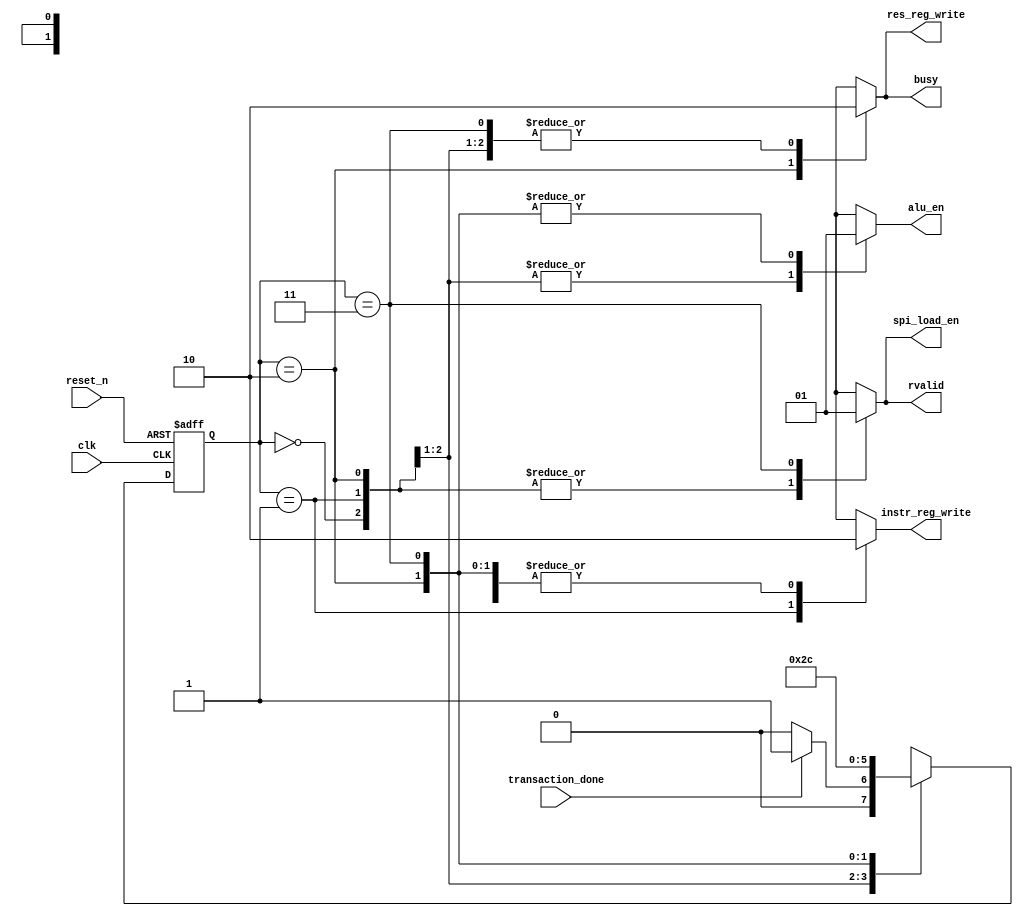
module alu_controller(
    input clk, 
    input reset_n, 
    input transaction_done, 

    output reg alu_en, 
    output reg spi_load_en, 
    output reg busy, 
    output reg rvalid, 
    output reg instr_reg_write, 
    output reg res_reg_write
); 

    reg [1:0] present_state, next_state; 
    parameter TRANSACTION = 2'b00; 
    parameter LOAD = 2'b01; 
  	parameter EXEC = 2'b10; 
    parameter REG_WRITE = 2'b11; 

    always @(*) begin
        begin: NSL
            case(present_state)
                TRANSACTION     : next_state = transaction_done ? LOAD: TRANSACTION; 
                LOAD            : next_state = EXEC; 
                EXEC            : next_state = REG_WRITE; 
                REG_WRITE       : next_state = TRANSACTION; 
            endcase 
        end 

        begin: OL
            case(present_state)
                TRANSACTION     : {alu_en, spi_load_en, busy, rvalid, instr_reg_write, res_reg_write} = 6'b000000; 
                LOAD            : begin
                                    alu_en = 0; 
                                    spi_load_en = 0; 
                                    busy = 0; 
                                    rvalid = 0; 
                                    instr_reg_write = 1; 
                                    res_reg_write = 0;  
                                end 

                EXEC            : begin 
                                    alu_en = 1; 
                                    spi_load_en = 0; 
                                    busy = 1; 
                                    rvalid = 0; 
                                    instr_reg_write = 0; 
                                    res_reg_write = 1;  
                                end 

                REG_WRITE       : begin
                                    alu_en = 1; 
                                    spi_load_en = 1; 
                                    busy = 0; 
                                    rvalid = 1; 
                                    instr_reg_write = 0; 
                                    res_reg_write = 0;  
                                end 
            endcase
        end 
    end 

    always @(posedge clk or negedge reset_n) begin
        if(!reset_n)
            present_state <= TRANSACTION; 
        else
            present_state <= next_state; 
    end 

endmodule